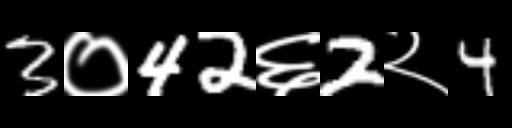
Text: 3०42६2२4